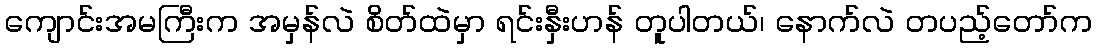
ကျောင်းအမကြီးက အမှန်လဲ စိတ်ထဲမှာ ရင်းနှီးဟန် တူပါတယ်၊ နောက်လဲ တပည့်တော်က